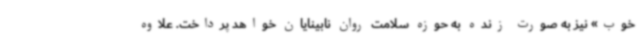
خوب» نیز به صورت زنده به حوزه سلامت روان نابینایان خواهد پرداخت. علاوه